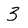
Character: 3